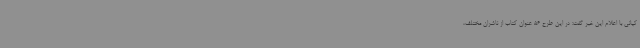
کیانی با اعلام این خبر گفت: در این طرح 56 عنوان کتاب از ناشران مختلف،